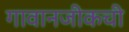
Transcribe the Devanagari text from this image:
गावानजीकची